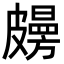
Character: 𥀤